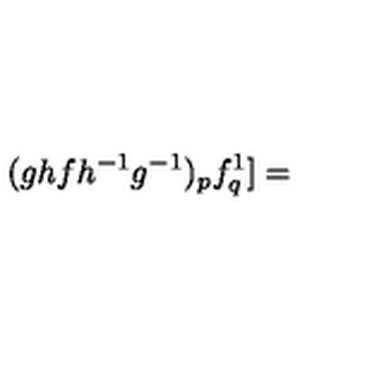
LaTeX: ( g h f { h ^ { - 1 } } { g ^ { - 1 } } ) _ { p } f _ { q } ^ { 1 } ] =